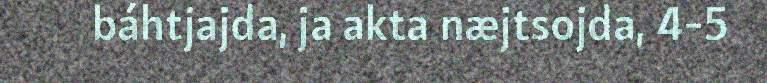
báhtjajda, ja akta næjtsojda, 4-5